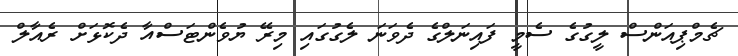
ޗެމްޕިއަންސް ލީގުގެ ސެމީ ފައިނަލްގެ ދެވަނަ ލެގުގައި މިރޭ ޔުވެންޓަސްއާ ދެކޮޅަށް ރެއާލް